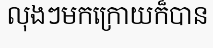
លុងៗមកក្រោយក៏បាន